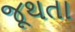
જૂથતા